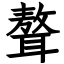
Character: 聱